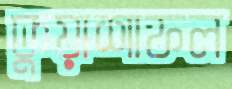
কুয়াশাফল